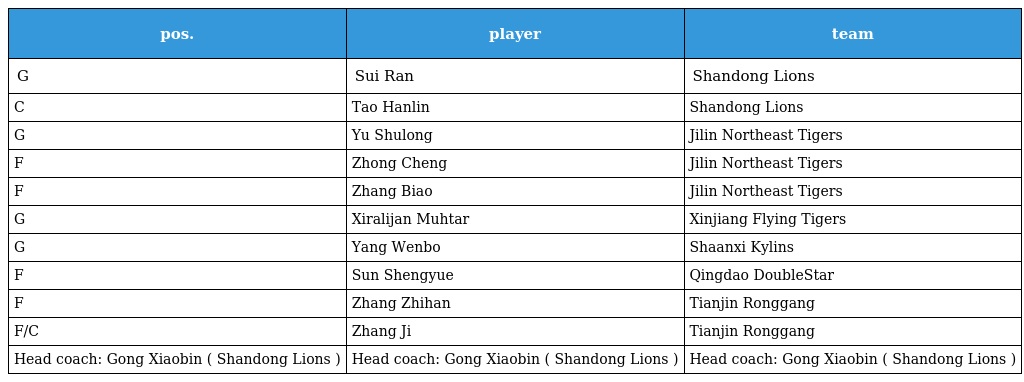
| pos. | player | team |
 | --- | --- | --- |
 | G | Sui Ran | Shandong Lions |
 | C | Tao Hanlin | Shandong Lions |
 | G | Yu Shulong | Jilin Northeast Tigers |
 | F | Zhong Cheng | Jilin Northeast Tigers |
 | F | Zhang Biao | Jilin Northeast Tigers |
 | G | Xiralijan Muhtar | Xinjiang Flying Tigers |
 | G | Yang Wenbo | Shaanxi Kylins |
 | F | Sun Shengyue | Qingdao DoubleStar |
 | F | Zhang Zhihan | Tianjin Ronggang |
 | F/C | Zhang Ji | Tianjin Ronggang |
 | Head coach: Gong Xiaobin ( Shandong Lions ) | Head coach: Gong Xiaobin ( Shandong Lions ) | Head coach: Gong Xiaobin ( Shandong Lions ) |